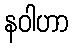
နဝါဟာ